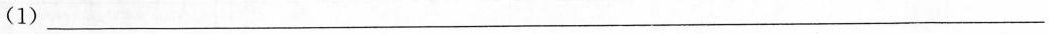
(1) ___